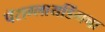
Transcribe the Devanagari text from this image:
पॅराग्लायडिंगचा